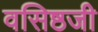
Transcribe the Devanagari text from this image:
वसिष्ठजी